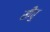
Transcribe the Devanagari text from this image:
सींधु